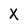
Character: X